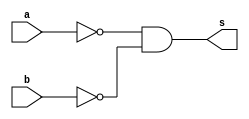
//---------------------
// Exemplo0010 - NOR
// Nome: Douglas Henrique Silva Correa
//---------------------

//---------------------
//--nor gate
//---------------------
module norgate (output s,
					  input  a,
					  input  b);
  assign s = ( ~a & ~b );
endmodule // nor

//---------------------
//--test nor gate
//---------------------
module testnorgate;
//-------------------------dados locais
reg a, b; // definir registradores
wire s;
			// definir conexao (fio)
//-------------------------instancia
norgate NOR1 (s, a, b);
//-------------------------preparacao
initial begin:start
				// atribuicao simultanea
				// dos valores iniciais
 a=0; b=0;
end
//-------------------------parte principal

initial begin
	$display("Exemplo0010 - Douglas Henrique Silva Correa - 466503");
	$display("Test NOR gate");
	$display("\n~a & ~b = s\n");
	a=0; b=0;
#1	$display("~%b & ~%b = %b", a, b, s);
	a=0; b=1;
#1	$display("~%b & ~%b = %b", a, b, s);
	a=1; b=0;
#1	$display("~%b & ~%b = %b", a, b, s);
	a=1; b=1;
#1	$display("~%b & ~%b = %b", a, b, s);
end

endmodule // testnorgate